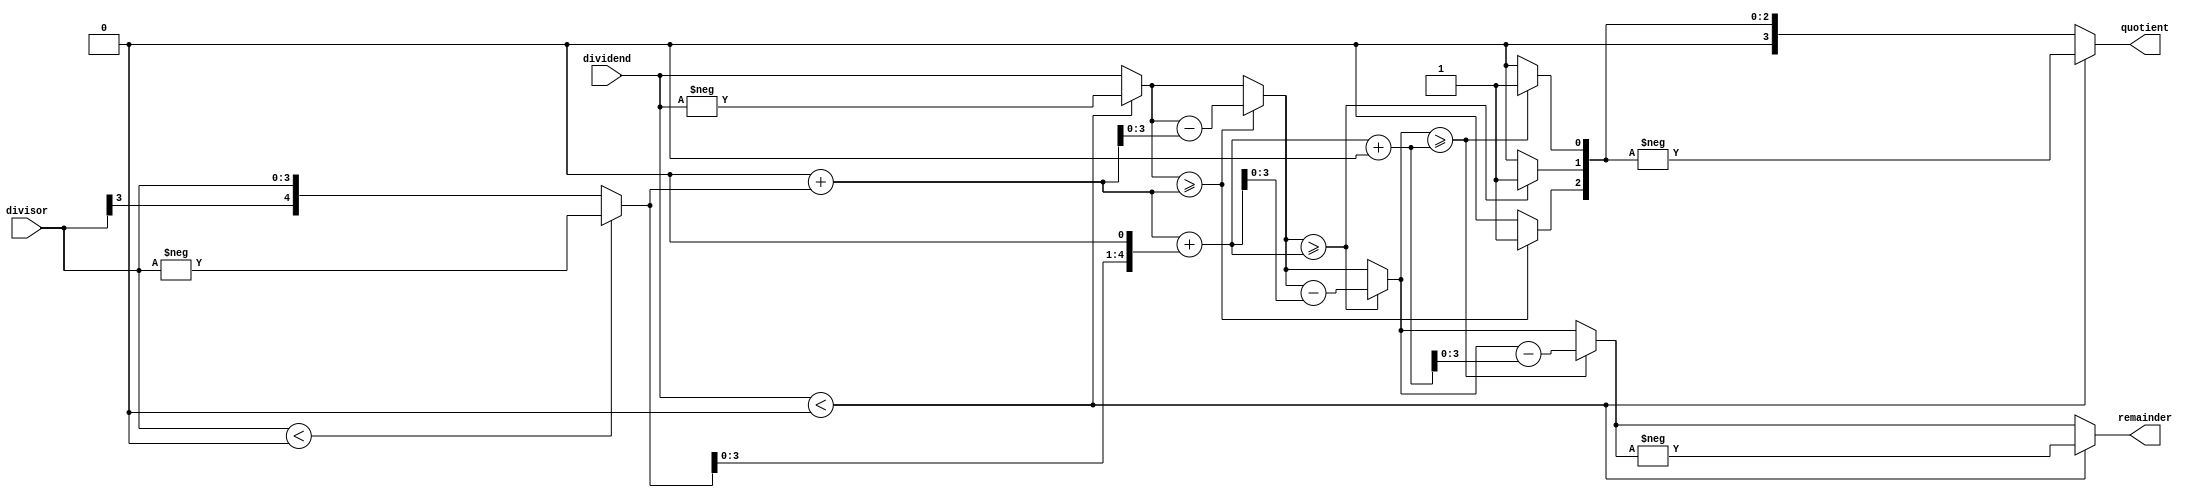
module fast (
  input signed [3:0] dividend,
  input signed [3:0] divisor,
  output signed [3:0] quotient,
  output signed [3:0] remainder
);

  reg signed [3:0] dividend_abs;
  reg signed [32:0] divisor_abs; 
  reg signed [3:0] quotient_temp;
  reg signed [3:0] remainder_temp;
  reg signed [4:0] reciprocal; 
  reg signed [2:0] i;
  reg signed [3:0] quotient_reg;
  reg signed [3:0] remainder_reg;

  always @* begin
    dividend_abs = (dividend < 0) ? -dividend : dividend;
    divisor_abs = (divisor < 0) ? -divisor : divisor;

    reciprocal = 9'd0; 
    quotient_temp = 8'd0;
    remainder_temp = dividend_abs;

    reciprocal = reciprocal + (divisor_abs << 0);
    quotient_temp = quotient_temp << 1;
    if (remainder_temp >= reciprocal) begin
      remainder_temp = remainder_temp - reciprocal;
      quotient_temp[0] = 1;
    end

    reciprocal = reciprocal + (divisor_abs << 1);
    quotient_temp = quotient_temp << 1;
    if (remainder_temp >= reciprocal) begin
      remainder_temp = remainder_temp - reciprocal;
      quotient_temp[0] = 1;
    end
    reciprocal = reciprocal + (divisor_abs << 7);
    quotient_temp = quotient_temp << 1;
    if (remainder_temp >= reciprocal) begin
      remainder_temp = remainder_temp - reciprocal;
      quotient_temp[0] = 1;
    end

    if (dividend < 0) begin
      quotient_reg = -quotient_temp;
      remainder_reg = -remainder_temp;
    end
    else begin
      quotient_reg = quotient_temp;
      remainder_reg = remainder_temp;
    end
  end

  assign quotient = quotient_reg;
  assign remainder = remainder_reg;

endmodule